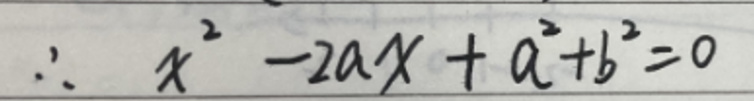
\[
\therefore x^{2}-2ax + a^{2}+b^{2}=0
\]